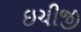
ઇચીજી